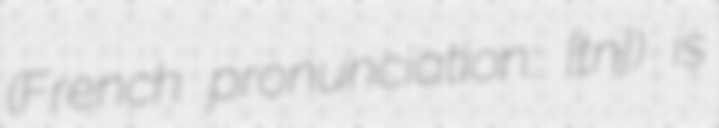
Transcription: (French pronunciation: ​[ʁɔtɔnɛ]) is